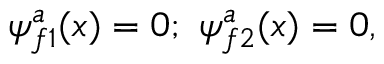
\psi _ { f 1 } ^ { a } ( x ) = 0 ; \ \psi _ { f 2 } ^ { a } ( x ) = 0 ,